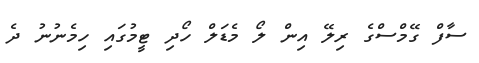
ސާފް ގޭމްސްގެ ރިލޭ އިން ލޯ މެޑަލް ހޯދި ޓީމުގައި ހިމެނުނު ދެ